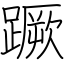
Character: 蹶